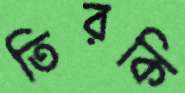
তিরকি